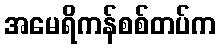
အမေရိကန်စစ်တပ်က